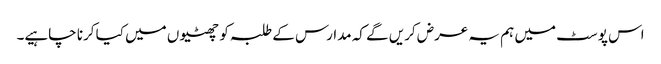
اس پوسٹ میں ہم یہ عرض کریں گے کہ مدارس کے طلبہ کو چھٹیوں میں کیا کرنا چاہیے۔